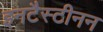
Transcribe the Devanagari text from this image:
इनटैस्टीनन